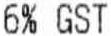
6% GST